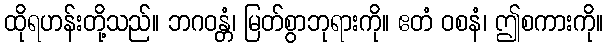
ထိုရဟန်းတို့သည်။ ဘဂဝန္တံ၊ မြတ်စွာဘုရားကို။ ဧတံ ဝစနံ၊ ဤစကားကို။